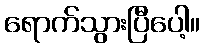
ရောက်သွားပြီပေါ့။